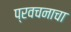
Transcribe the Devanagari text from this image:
प्रवचनाचा